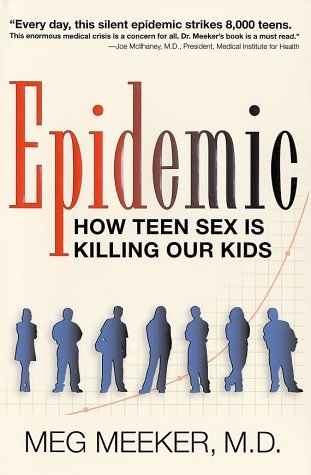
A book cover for Epidemic: How Teen Sex is Killing Our Kids: 1st (First) Edition; Margaret J. Meeker Meg Meeker; Health, Fitness & Dieting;